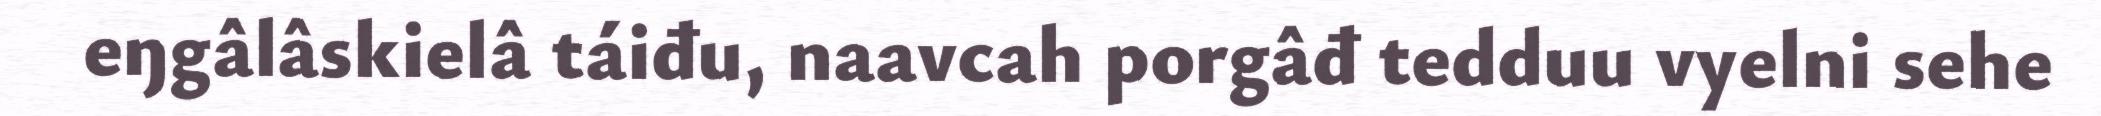
eŋgâlâskielâ táiđu, naavcah porgâđ tedduu vyelni sehe